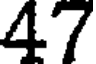
47